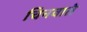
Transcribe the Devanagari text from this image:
चिनवाते